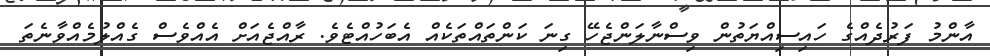
އާންމު ފަރުދެއްގެ ހައިސިއްޔަތުން ވިސްނާލަންޖެހޭ ގިނަ ކަންތައްތަކެއް އެބަހުއްޓެެވެ. ރާއްޖެއަށް އެއްވެސް ގެއްލުމެއްވާނެތަ